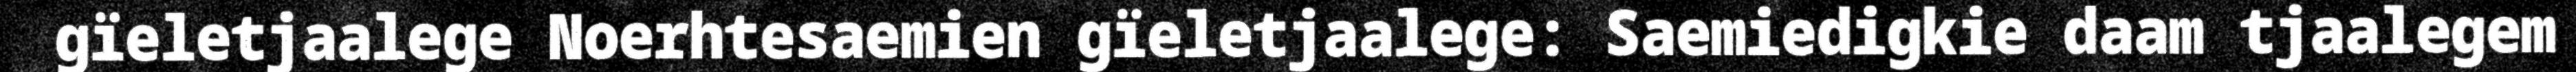
gïeletjaalege Noerhtesaemien gïeletjaalege: Saemiedigkie daam tjaalegem